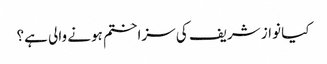
کیا نواز شریف کی سزا ختم ہونے والی ہے؟